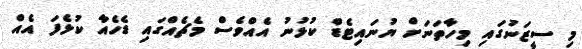
މި ސީޒަނުގައި މިހާތަނަށް ޔުނައިޓެޑް ކުޅުނު އެއްވެސް މެޗެއްގައި ޑެހެއާ ކުޅެފަ އެއް